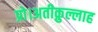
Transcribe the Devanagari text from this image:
प्रो।अतीक़ुल्लाह